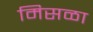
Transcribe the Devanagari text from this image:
मिसळा